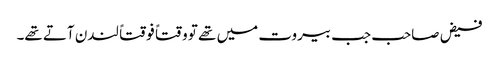
فیض صاحب جب بیروت میں تھے تو وقتاً فوقتاً لندن آتے تھے۔